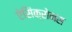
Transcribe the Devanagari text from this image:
ऐसिंक्रोनस